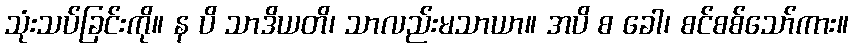
သုံးသပ်ခြင်းကို။ န ပိ သာဒိယတိ၊ သာလည်းမသာယာ။ အပိ စ ခေါ၊ စင်စစ်သော်ကား။